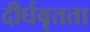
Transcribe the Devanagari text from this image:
दीर्घवृतता